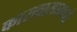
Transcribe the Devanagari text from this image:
कारावासामध्ये